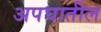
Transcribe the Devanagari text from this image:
अपघातील